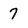
Character: 7